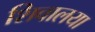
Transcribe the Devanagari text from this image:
शिवालया